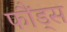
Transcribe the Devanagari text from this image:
फौंड्स